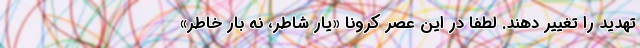
تهدید را تغییر دهند. لطفا در این عصر کرونا «یار شاطر، نه بار خاطر»